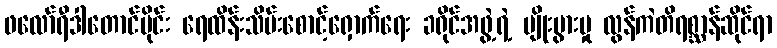
ဖလော်ရီဒါတောင်ပိုင်း ရေထိန်းသိမ်းစောင့်ရှောက်ရေး ခရိုင်အဖွဲ့ရဲ့ မျိုးပွားမှု လွန်ကဲတိရစ္ဆာန်ဆိုင်ရာ